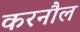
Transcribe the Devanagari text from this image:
करनौल